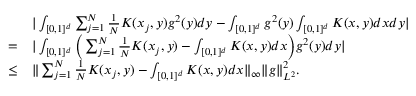
\begin{array} { r l } & { | \int _ { [ 0 , 1 ] ^ { d } } \sum _ { j = 1 } ^ { N } \frac { 1 } { N } K ( x _ { j } , y ) g ^ { 2 } ( y ) d y - \int _ { [ 0 , 1 ] ^ { d } } g ^ { 2 } ( y ) \int _ { [ 0 , 1 ] ^ { d } } K ( x , y ) d x d y | } \\ { = } & { | \int _ { [ 0 , 1 ] ^ { d } } \Big ( \sum _ { j = 1 } ^ { N } \frac { 1 } { N } K ( x _ { j } , y ) - \int _ { [ 0 , 1 ] ^ { d } } K ( x , y ) d x \Big ) g ^ { 2 } ( y ) d y | } \\ { \leq } & { \| \sum _ { j = 1 } ^ { N } \frac { 1 } { N } K ( x _ { j } , y ) - \int _ { [ 0 , 1 ] ^ { d } } K ( x , y ) d x \| _ { \infty } \| g \| _ { L ^ { 2 } } ^ { 2 } . } \end{array}